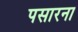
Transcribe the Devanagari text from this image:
पसारना